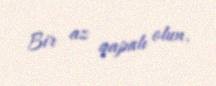
Bir az qapalı olun.